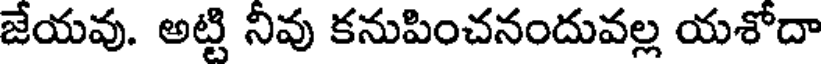
జేయవు. అట్టి నీవు కనుపించనందువల్ల యశోదా